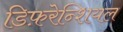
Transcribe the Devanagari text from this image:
डिफ़रेन्शियल